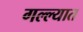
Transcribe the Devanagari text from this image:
गल्ल्यात